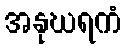
အနုဃရကံ